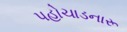
પહોચાડનારૂ